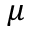
\mu